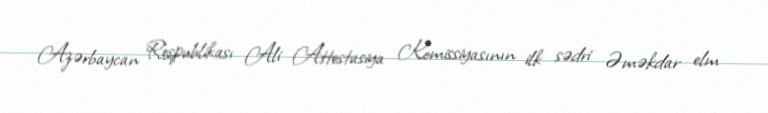
Azərbaycan Respublikası Ali Attestasiya Komissiyasının ilk sədri Əməkdar elm